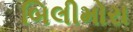
બિલીમોરા